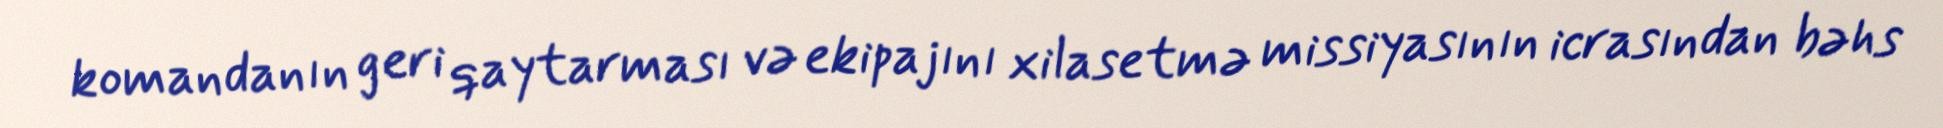
komandanın geri qaytarması və ekipajını xilasetmə missiyasının icrasından bəhs